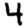
Digit: 4